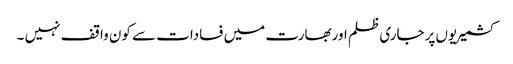
کشمیریوں پرجاری ظلم اوربھارت میں فسادات سے کون واقف نہیں ۔